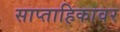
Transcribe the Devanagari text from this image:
साप्ताहिकावर